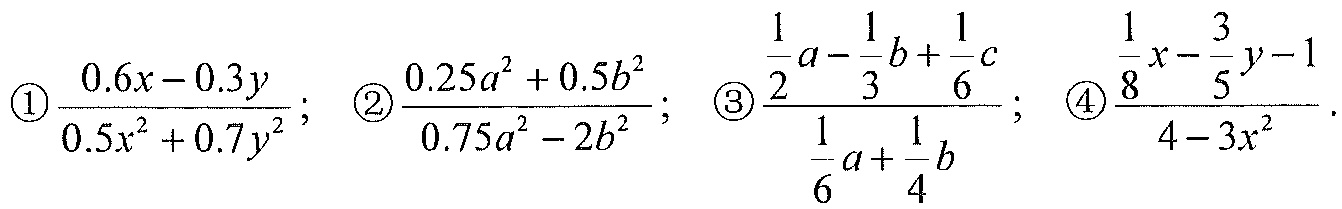
\textcircled{1}\(\dfrac{0.6x - 0.3y}{0.5x^{2}+0.7y^{2}}\); \textcircled{2}\(\dfrac{0.25a^{2}+0.5b^{2}}{0.75a^{2}-2b^{2}}\); \textcircled{3}\(\dfrac{\dfrac{1}{2}a-\dfrac{1}{3}b + \dfrac{1}{6}c}{\dfrac{1}{6}a+\dfrac{1}{4}b}\); \textcircled{4}\(\dfrac{\dfrac{1}{8}x-\dfrac{3}{5}y - 1}{4 - 3x^{2}}\).